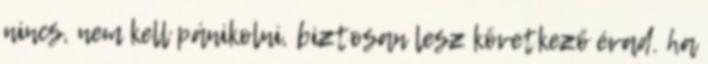
nincs, nem kell pánikolni, biztosan lesz következő évad. ha